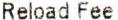
RELOAD FEE